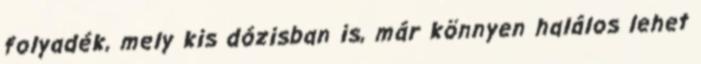
folyadék, mely kis dózisban is, már könnyen halálos lehet